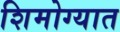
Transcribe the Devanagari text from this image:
शिमोग्यात